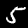
Label: 5